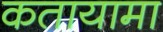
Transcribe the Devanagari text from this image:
कतायामा